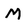
Character: M